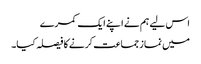
اس لیے ہم نے اپنے ایک کمرے
میں نماز جماعت کرنے کا فیصلہ کیا۔